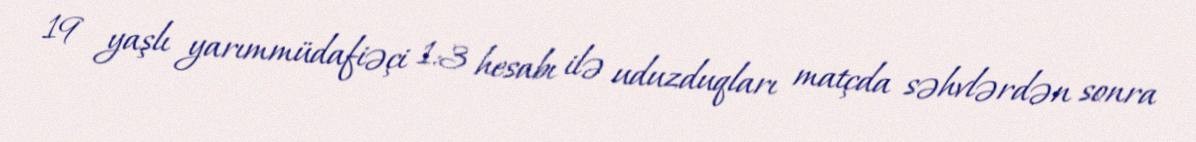
19 yaşlı yarımmüdafiəçi 1:3 hesabı ilə uduzduqları matçda səhvlərdən sonra